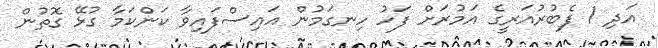
އަދި 1 ފެބުރުއަރީގެ އަމުރަށް ފަހު ހިނގަމުން އައިސްފައިވާ ކަންކަމާ ގުޅޭ ގޮތުން